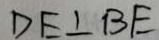
D E \bot B E